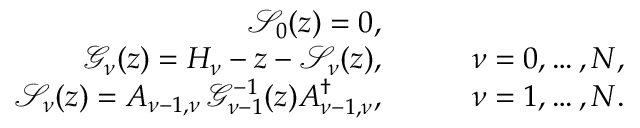
\begin{array} { r l r } { \mathcal { S } _ { 0 } ( z ) = 0 , } & { } & \\ { \mathcal { G } _ { \nu } ( z ) = H _ { \nu } - z - \mathcal { S } _ { \nu } ( z ) , } & { \quad } & { \nu = 0 , \dots , N , } \\ { \mathcal { S } _ { \nu } ( z ) = A _ { \nu - 1 , \nu } \, \mathcal { G } _ { \nu - 1 } ^ { - 1 } ( z ) A _ { \nu - 1 , \nu } ^ { \dag } , } & { \quad } & { \nu = 1 , \dots , N . } \end{array}